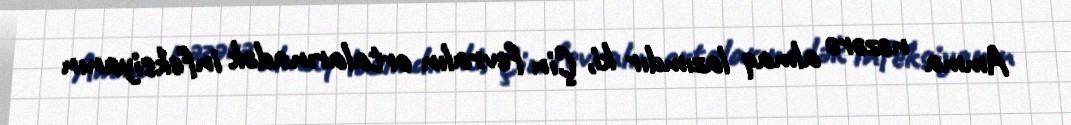
Amma nəzərə almaq lazımdır ki, Çin fevralın ortalarınadək infeksiyanın